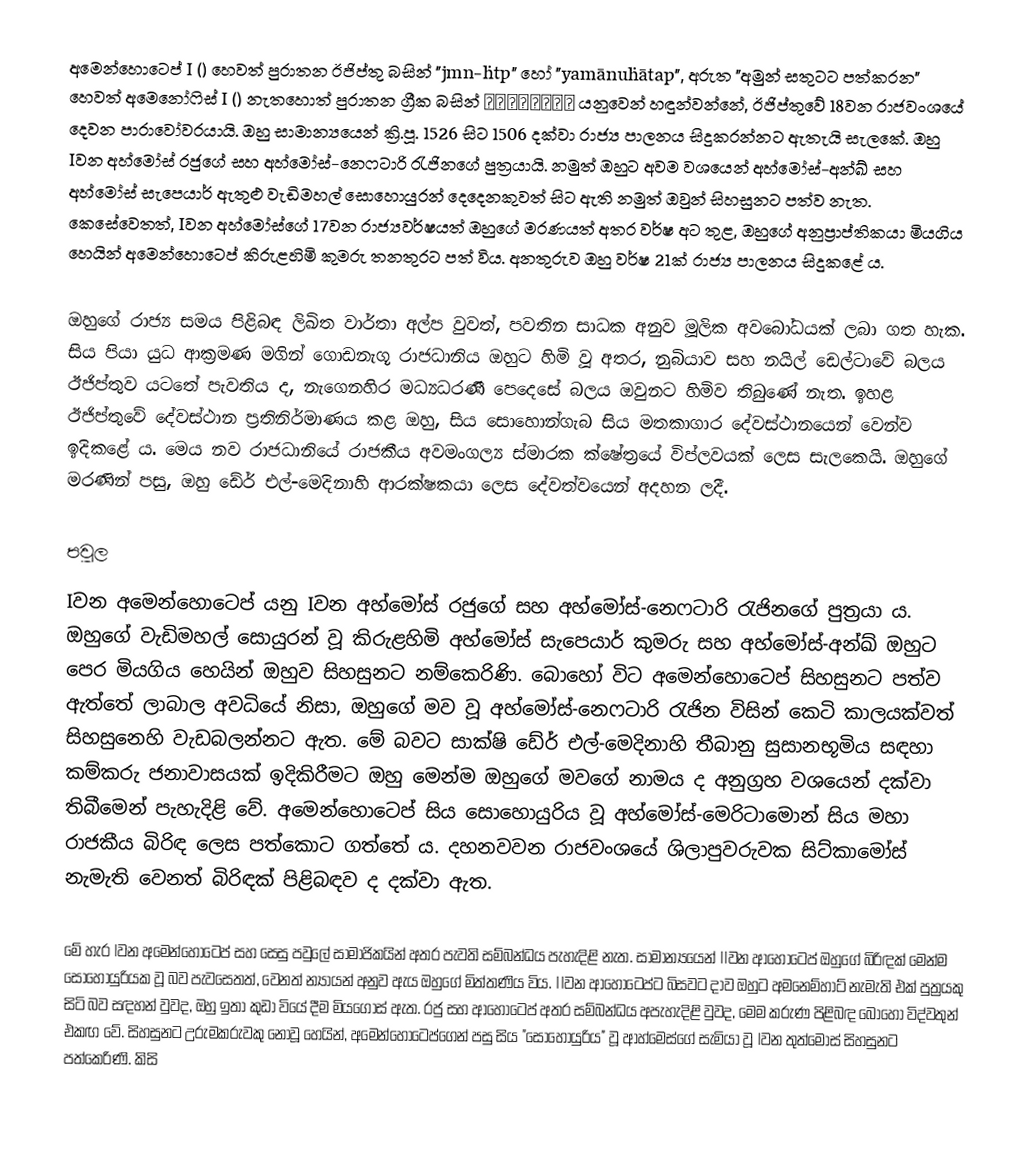
අමෙන්හොටෙප් I () හෙවත් පුරාතන ඊජිප්තු බසින් "jmn-ḥtp" හෝ "yamānuḥātap", අරුත "අමුන් සතුටට පත්කරන" හෙවත් අමෙනෝෆිස් I () නැතහොත් පුරාතන ග්‍රීක බසින් Ἀμένωφις යනුවෙන් හඳුන්වන්නේ, ඊජිප්තුවේ 18වන රාජවංශයේ දෙවන පාරාවෝවරයායි. ඔහු සාමාන්‍යයෙන් ක්‍රි.පූ. 1526 සිට 1506 දක්වා රාජ්‍ය පාලනය සිදුකරන්නට ඇතැයි සැලකේ. ඔහු Iවන අහ්මෝස් රජුගේ සහ අහ්මෝස්-නෙෆටාරි රැජිනගේ පුත්‍රයායි. නමුත් ඔහුට අවම වශයෙන් අහ්මෝස්-අන්ඛ් සහ අහ්මෝස් සැපෙයාර් ඇතුළු වැඩිමහල් සොහොයුරන් දෙදෙනකුවත් සිට ඇති නමුත් ඔවුන් සිහසුනට පත්ව නැත. කෙසේවෙතත්, Iවන අහ්මෝස්ගේ 17වන රාජ්‍යවර්ෂයත් ඔහුගේ මරණයත් අතර වර්ෂ අට තුළ, ඔහුගේ අනුප්‍රාප්තිකයා මියගිය හෙයින් අමෙන්හොටෙප් කිරුළහිමි කුමරු තනතුරට පත් විය. අනතුරුව ඔහු වර්ෂ 21ක් රාජ්‍ය පාලනය සිදුකළේ ය.

ඔහුගේ රාජ්‍ය සමය පිළිබඳ ලිඛිත වාර්තා අල්ප වුවත්, පවතින සාධක අනුව මූලික අවබෝධයක් ලබා ගත හැක. සිය පියා යුධ ආක්‍රමණ මගින් ගොඩනැගූ රාජධානිය ඔහුට හිමි වූ අතර, නුබියාව සහ නයිල් ඩෙල්ටාවේ බලය ඊජිප්තුව යටතේ පැවතිය ද, නැගෙනහිර මධ්‍යධරණී පෙදෙසේ බලය ඔවුනට හිමිව තිබුණේ නැත. ඉහළ ඊජිප්තුවේ දේවස්ථාන ප්‍රතිනිර්මාණය කළ ඔහු, සිය සොහොන්ගැබ සිය මතකාගාර දේවස්ථානයෙන් වෙන්ව ඉදිකළේ ය. මෙය නව රාජධානියේ රාජකීය අවමංගල්‍ය ස්මාරක ක්ෂේත්‍රයේ විප්ලවයක් ලෙස සැලකෙයි. ඔහුගේ මරණින් පසු, ඔහු ඩේර් එල්-මෙදිනාහි ආරක්ෂකයා ලෙස දේවත්වයෙන් අදහන ලදී.

පවුල
Iවන අමෙන්හොටෙප් යනු Iවන අහ්මෝස් රජුගේ සහ අහ්මෝස්-නෙෆටාරි රැජිනගේ පුත්‍රයා ය. ඔහුගේ වැඩිමහල් සොයුරන් වූ කිරුළහිමි අහ්මෝස් සැපෙයාර් කුමරු සහ අහ්මෝස්-අන්ඛ් ඔහුට පෙර මියගිය හෙයින් ඔහුව සිහසුනට නම්කෙරිණි. බොහෝ විට අමෙන්හොටෙප් සිහසුනට පත්ව ඇත්තේ ලාබාල අවධියේ නිසා, ඔහුගේ මව වූ අහ්මෝස්-නෙෆටාරි රැජින විසින් කෙටි කාලයක්වත් සිහසුනෙහි වැඩබලන්නට ඇත. මේ බවට සාක්ෂි ඩේර් එල්-මෙදිනාහි තීබානු සුසානභූමිය සඳහා කම්කරු ජනාවාසයක් ඉදිකිරීමට ඔහු මෙන්ම ඔහුගේ මවගේ නාමය ද අනුග්‍රහ වශයෙන් දක්වා තිබීමෙන් පැහැදිළි වේ. ‍අමෙන්හොටෙප් සිය සොහොයුරිය වූ අහ්මෝස්-මෙරිටාමොන් සිය මහා රාජකීය බිරිඳ ලෙස පත්කොට ගත්තේ ය. දහනවවන රාජවංශයේ ශිලාපුවරුවක සිට්කාමෝස් නැමැති වෙනත් බිරිඳක් පිළිබඳව ද දක්වා ඇත.

මේ හැර Iවන අමෙන්හොටෙප් සහ සෙසු පවුලේ සාමාජිකයින් අතර පැවති සම්බන්ධය පැහැදිළි නැත. සාමාන්‍යයෙන් IIවන ආහොටෙප් ඔහුගේ බිරිඳක් මෙන්ම සොහොයුරියක වූ බව පැවසෙතත්, වෙනත් න්‍යායන් අනුව ඇය ඔහුගේ මිත්තණිය විය. IIවන ආහොටෙප්ට බිසවට දාව ඔහුට අමනෙම්හාට් නැමැති එක් පුත්‍රයකු සිටි බව සඳහන් වුවද, ඔහු ඉතා කුඩා වියේ දීම මියගොස් ඇත. රජු සහ ආහොටෙප් අතර සම්බන්ධය අපැහැදිළි වුවද, මෙම කරුණ පිළිබඳ බොහෝ විද්වතුන් එකඟ වේ. සිහසුනට උරුමකරුවකු නොවූ හෙයින්, අමෙන්හොටෙප්ගෙන් පසු සිය "සොහොයුරිය" වූ ආහ්මෙස්ගේ සැමියා වූ Iවන තුත්මෝස් සිහසුනට පත්කෙරිණි. කිසි